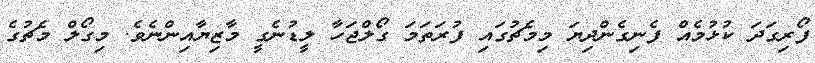
ފޯރިގަދަ ކުޅުމެއް ފެނިގެންދިޔަ މިމެޗުގައި ފުރަތަމަ ގޯލްޖަހާ ލީޑުނެގީ މާޒިޔާއިންނެވެ. މިގޯލް މެޗުގެ